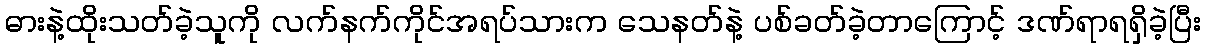
ဓားနဲ့ထိုးသတ်ခဲ့သူကို လက်နက်ကိုင်အရပ်သားက သေနတ်နဲ့ ပစ်ခတ်ခဲ့တာကြောင့် ဒဏ်ရာရရှိခဲ့ပြီး